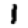
Digit: 1